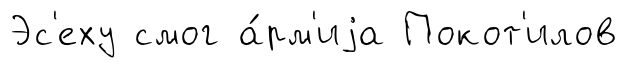
Эс'еху смог а́рм'иjа Покот'илов